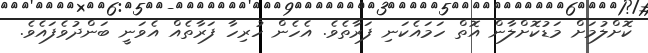
ކޮށްލުމަށް މަޑުކޮށްލާން އޮތް ހަމައެކަނި ފަރާތެވެ. އެހެން ހުރިހާ ފަރާތެއް އެވަނީ ބަންދުވެފައެވެ.